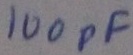
Text: 100pF